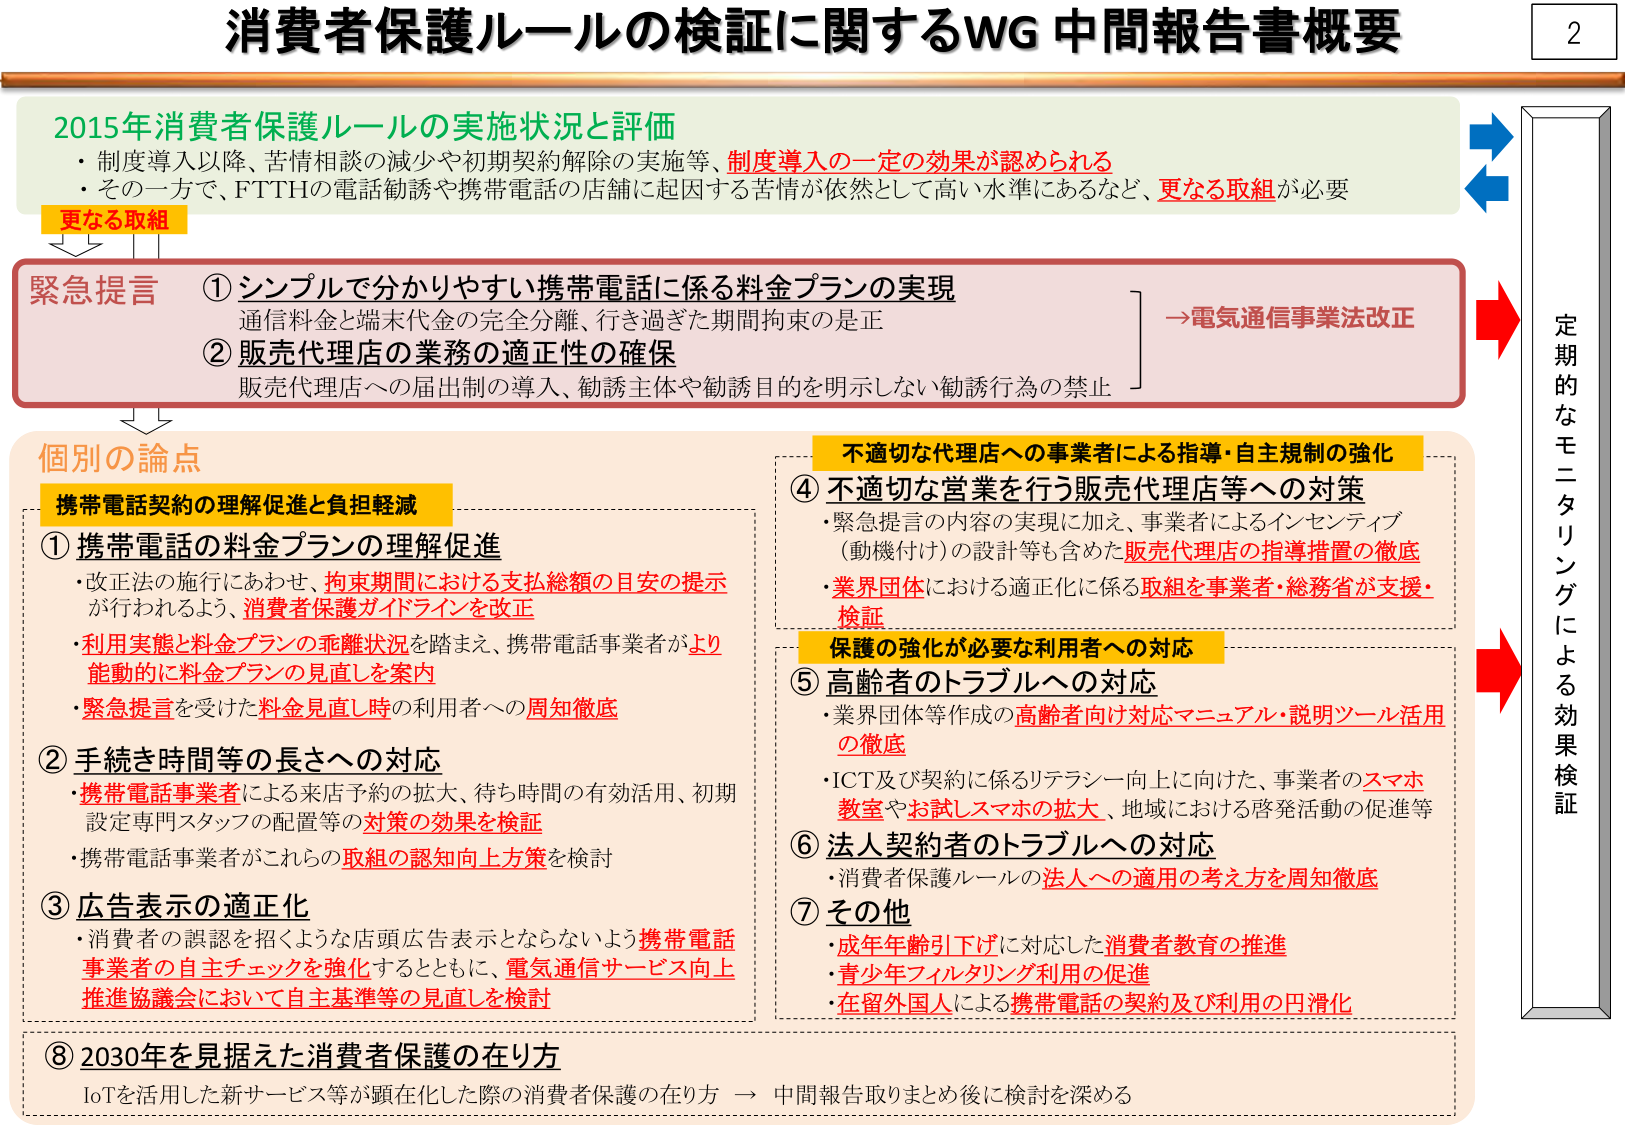
消費者保護ルールの検証に関するWG 中間報告書概要

2015年消費者保護ルールの実施状況と評価
・制度導入以降、苦情相談の減少や初期契約解除の実施等、制度導入の一定の効果が認められる
・その一方で、FTTHの電話勧誘や携帯電話の店舗に起因する苦情が依然として高い水準にあるなど、更なる取組が必要

更なる取組

緊急提言
① シンプルで分かりやすい携帯電話に係る料金プランの実現
　通信料金と端末代金の完全分離、行き過ぎた期間拘束の是正
② 販売代理店の業務の適正性の確保
　販売代理店への届出制の導入、勧誘主体や勧誘目的を明示しない勧誘行為の禁止
　→電気通信事業法改正

個別の論点

携帯電話契約の理解促進と負担軽減
① 携帯電話の料金プランの理解促進
　・改正法の施行にあわせ、拘束期間における支払総額の目安の提示が行われるよう、消費者保護ガイドラインを改正
　・利用実態と料金プランの乖離状況を踏まえ、携帯電話事業者がより能動的に料金プランの見直しを案内
　・緊急提言を受けた料金見直し時の利用者への周知徹底

② 手続き時間等の長さへの対応
　・携帯電話事業者による来店予約の拡大、待ち時間の有効活用、初期設定専門スタッフの配置等の対策の効果を検証
　・携帯電話事業者がこれらの取組の認知向上方策を検討

③ 広告表示の適正化
　・消費者の誤認を招くような店頭広告表示とならないよう携帯電話事業者の自主チェックを強化するとともに、電気通信サービス向上推進協議会において自主基準等の見直しを検討

不適切な代理店への事業者による指導・自主規制の強化
④ 不適切な営業を行う販売代理店等への対策
　・緊急提言の内容の実現に加え、事業者によるインセンティブ（動機付け）の設計等も含めた販売代理店の指導措置の徹底
　・業界団体における適正化に係る取組を事業者・総務省が支援・検証

保護の強化が必要な利用者への対応
⑤ 高齢者のトラブルへの対応
　・業界団体等作成の高齢者向け対応マニュアル・説明ツール活用の徹底
　・ICT及び契約に係るリテラシー向上に向けた、事業者のスマホ教室やお試しスマホの拡大、地域における啓発活動の促進等

⑥ 法人契約者のトラブルへの対応
　・消費者保護ルールの法人への適用の考え方を周知徹底

⑦ その他
　・成年年齢引下げに対応した消費者教育の推進
　・青少年フィルタリング利用の促進
　・在留外国人による携帯電話の契約及び利用の円滑化

⑧ 2030年を見据えた消費者保護の在り方
　IoTを活用した新サービス等が顕在化した際の消費者保護の在り方 → 中間報告取りまとめ後に検討を深める

定期的なモニタリングによる効果検証

2